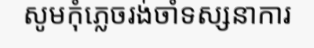
សូមកុំភ្លេចរង់ចាំទស្សនាការ